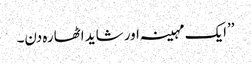
’’ایک مہینہ اور شاید اٹھارہ دن۔